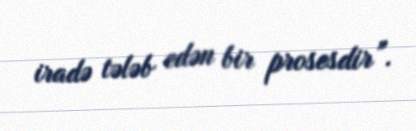
iradə tələb edən bir prosesdir”.